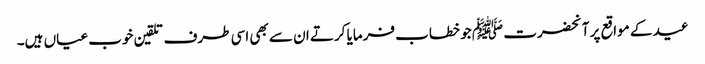
عید کے مواقع پر آنحضرت ﷺ جو خطاب فرمایا کرتے ان سے بھی اسی طرف تلقین خوب عیاں ہیں۔